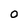
Character: O